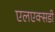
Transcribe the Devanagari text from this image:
एलएक्सडी